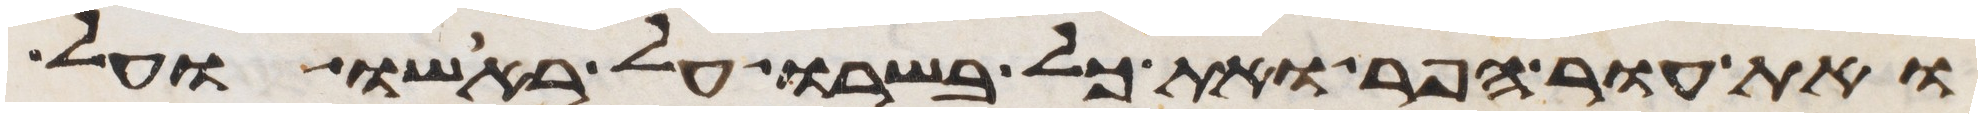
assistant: ואת עור הפר ואת כל בשרו על ראשו ועל